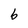
Character: b